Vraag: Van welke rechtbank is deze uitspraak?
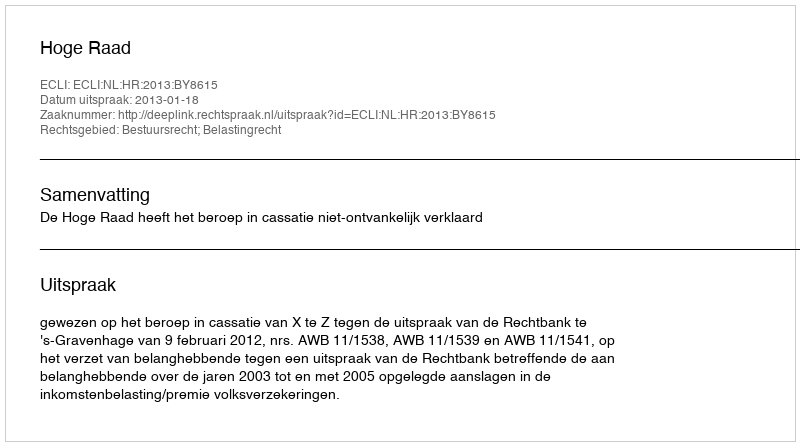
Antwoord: Hoge Raad